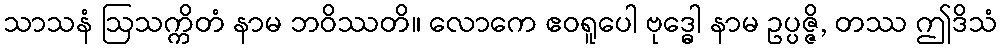
သာသနံ ဩသက္ကိတံ နာမ ဘဝိဿတိ။ လောကေ ဧဝရူပေါ ဗုဒ္ဓေါ နာမ ဥပ္ပဇ္ဇိ, တဿ ဤဒိသံ